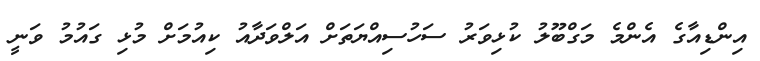
އިންޑިއާގެ އެންމެ މަގްބޫލު ކުޅިވަރު ސަހުސިއްޔަތަށް އަލްވަދާއު ކިއުމަށް މުޅި ގައުމު ވަނީ